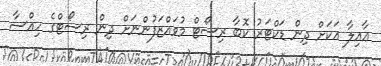
ޢާއިލާ އަކަށް ދިން ޑަކްޓަރު ކޮބާ ރިސޯޓް މުވައްޒަފުންނަށް ދިން ރިސޯޓްގެ ހިއްސާ